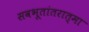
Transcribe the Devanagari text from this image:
सवभूतांतरात्मा